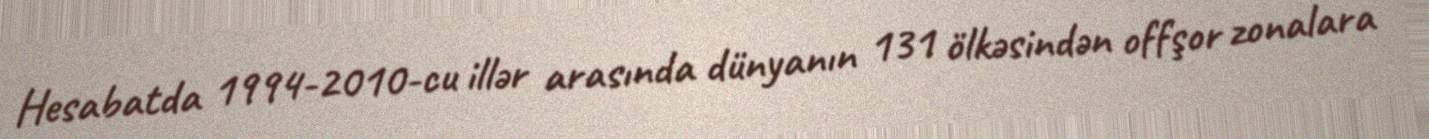
Hesabatda 1994-2010-cu illər arasında dünyanın 131 ölkəsindən offşor zonalara